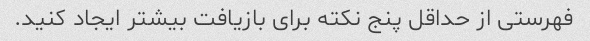
فهرستی از حداقل پنج نکته برای بازیافت بیشتر ایجاد کنید.